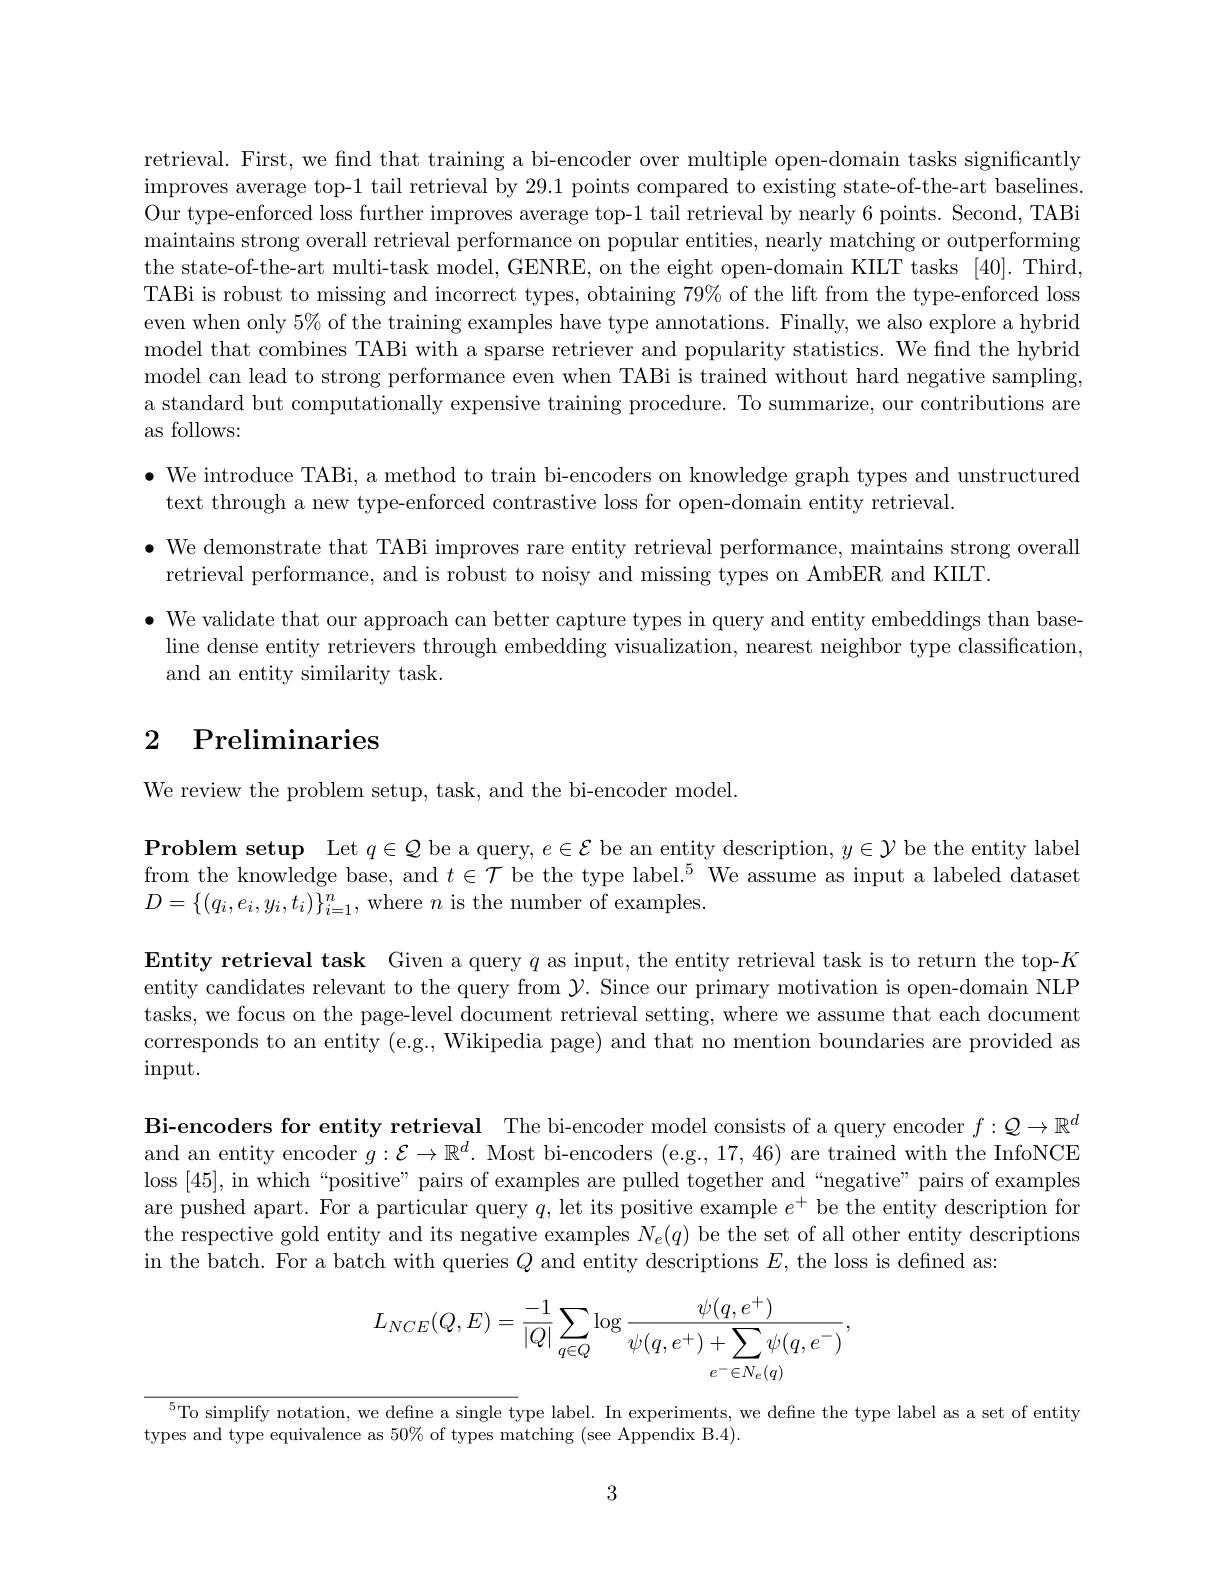
retrieval. First, we find that training a bi-encoder over multiple open-domain tasks significantly improves average top-1 tail retrieval by 29.1 points compared to existing state-of-the-art baselines Our type-enforced loss further improves average top-1 tail retrieval by nearly 6 points. Second, TABi maintains strong overall retrieval performance on popular entities, nearly matching or outperforming the state-of-the-art multi-task model, GENRE, on the eight open-domain KILT tasks [40]. Third, TABi is robust to missing and incorrect types, obtaining $79\%$ of the lift from the type-enforced loss even when only $5\%$ of the training examples have type annotations. Finally, we also explore a hybrid model that combines TABi with a sparse retriever and popularity statistics. We find the hybrid model can lead to strong performance even when TABi is trained without hard negative sampling, a standard but computationally expensive training procedure. To summarize, our contributions are as follows:

$\bullet$ We introduce TABi, a method to train bi-encoders on knowledge graph types and unstructured
text through a new type-enforced contrastive loss for open-domain entity retrieval.

$\bullet$ We demonstrate that TABi improves rare entity retrieval performance, maintains strong overall
retrieval performance, and is robust to noisy and missing types on AmbER and KILT.
$\bullet$ We validate that our approach can better capture types in query and entity embeddings than base-
line dense entity retrievers through embedding visualization, nearest neighbor type classification,
and an entity similarity task.

# 2 Preliminaries

We review the problem setup, task, and the bi-encoder model.

$\textbf{Problem setup}$ Let $q\in\mathcal{Q}$ be a query, $e\in\mathcal{E}$ be an entity description, $y\in\mathcal{Y}$ be the entity label from the knowledge base, and $t\in \mathcal{T} \text{ be the type label. }^{5}$ We assume as input a labeled dataset $D=\{(q_{i},e_{i},y_{i},t_{i})\}_{i=1}^{n}$,where $n$ is the number of examples.

Entity retrieval task Given a query $q$ as input, the entity retrieval task is to return the top-$K$ entity candidates relevant to the query from $\mathcal{Y}.$ Since our primary motivation is open-domain NLP tasks, we focus on the page-level document retrieval setting, where we assume that each document corresponds to an entity (e.g., Wikipedia page) and that no mention boundaries are provided as $\operatorname{input.}$

Bi-encoders for entity retrieval The bi-encoder model consists of a query encoder $f:\mathcal{Q}\to\mathbb{R}^d$ and an entity encoder $g:\mathcal{E}\to\mathbb{R}^d.$ Most bi-encoders (e.g., 17, 46) are trained with the InfoNCE loss [45], in which“positive” pairs of examples are pulled together and“negative” pairs of examples are pushed apart. For a particular query $q$, let its positive example $e^+$ be the entity description for the respective gold entity and its negative examples $N_e(q)$ be the set of all other entity descriptions in the batch. For a batch with queries $Q$ and entity descriptions $E$, the loss is defined as:
$$L_{NCE}(Q,E)=\frac{-1}{|Q|}\sum_{q\in Q}\log\frac{\psi(q,e^{+})}{\psi(q,e^{+})+\sum_{e^{-}\in N_{e}(q)}\psi(q,e^{-})},$$
$^{5}$To simplify notation, we define a single type label. In experiments, we define the type label as a set of entity

types and type equivalence as $50\%$ of types matching (see Appendix B.4).

3